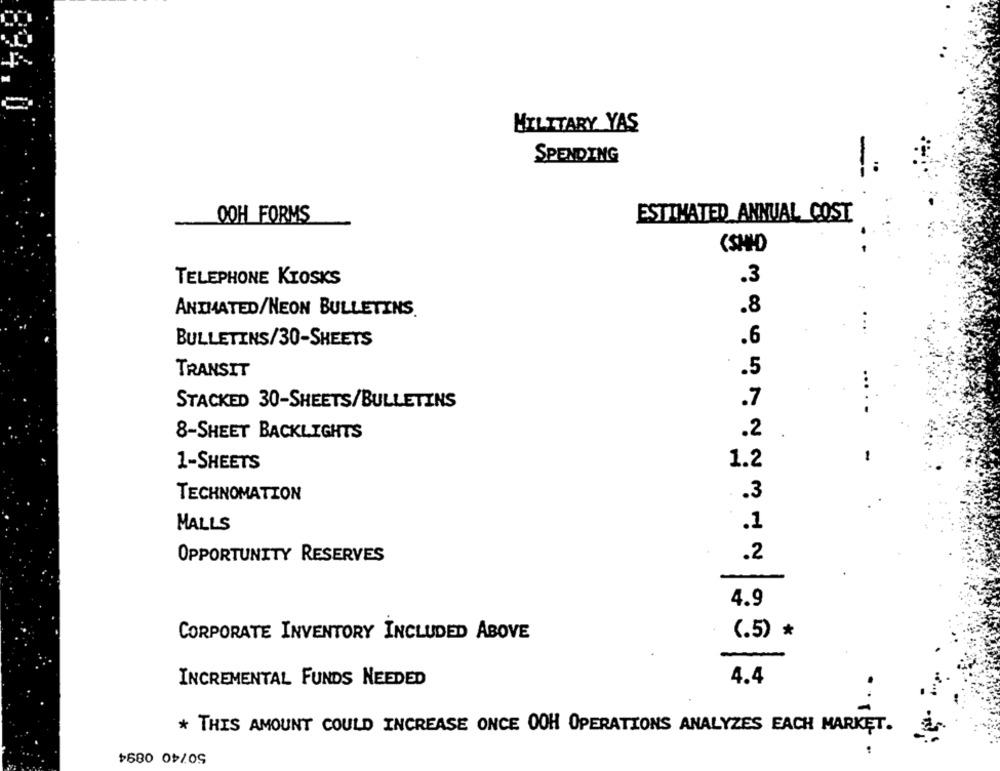
MILITARY YAS
SPENDING
ESTIMATED ANNUAL COST
OOH FORMS
(SHID
TELEPHONE KIOSKS
.3
.8
ANIMATED/NEON BULLETINS.
.6
BULLETINS/30-SHEETS
.5
TRANSIT
.7
STACKED 30-SHEETS/BULLETINS
.2
8-SHEET BACKLIGHTS
1.2
1-SHEETS
TECHNOMATION
. . 3
.1
MALLS
.2
OPPORTUNITY RESERVES
4.9
CORPORATE INVENTORY INCLUDED ABOVE
(.5) *
INCREMENTAL FUNDS NEEDED
4.4
* THIS AMOUNT COULD INCREASE ONCE 0OH OPERATIONS ANALYZES EACH MARKET.
50740 0894